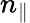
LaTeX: n_{\| }